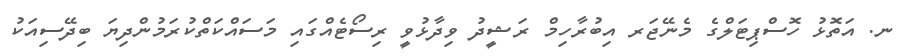
ނ. އަތޮޅު ހޮސްޕިޓަލްގެ މެނޭޖަރ އިބުރާހިމް ރަޝީދު ވިދާޅުވީ ރިސޯޓެއްގައި މަސައްކަތްކުރަމުންދިޔަ ބިދޭސިއަކު